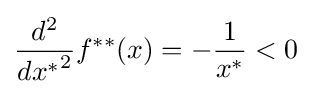
{\frac {d^{2}}{{dx^{*}}^{2}}}f^{**}(x)=-{\frac {1}{x^{*}}}<0